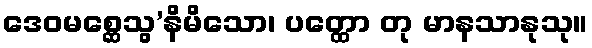
ဒေဝမစ္ဆေသွ’နိမိသော၊ ပတ္ထော တု မာနသာနုသု။